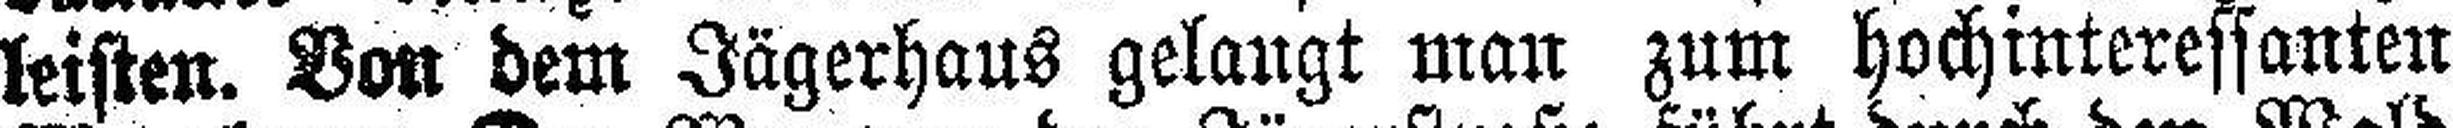
leisten. Von dem Jägerhaus gelangt man zum hochinteressanten